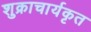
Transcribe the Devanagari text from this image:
शुक्राचार्यकृत